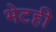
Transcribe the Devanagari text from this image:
भेटही